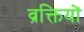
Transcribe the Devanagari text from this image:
व्रक्तियों